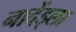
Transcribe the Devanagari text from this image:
नादेंड्ला